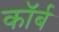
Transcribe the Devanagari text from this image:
कॉर्ब